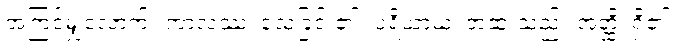
အကြင်မျှလောက်။ ကာလဿ၊ သေခြင်း၏။ ပရိယာယံ၊ အဆုံးသည်။ အတ္ထိ၊ ရှိ၏။